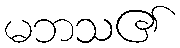
မဘသ၏